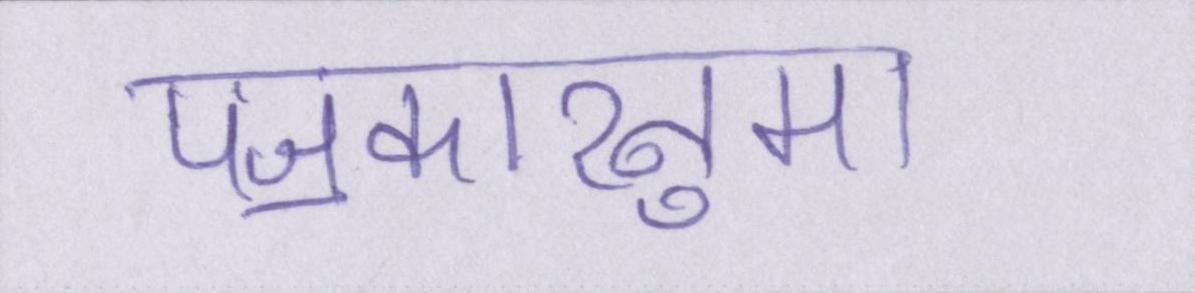
पॼकारनुमा